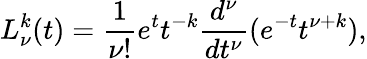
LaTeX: L_{\nu}^{k}(t)=\frac{1}{\nu!}e^{t}t^{-k}\frac{d^{\nu}}{dt^{\nu}}(e^{-t}t^{\nu+k}),